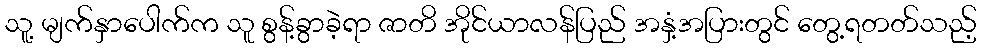
သူ့ မျက်နှာပေါက်က သူ စွန့်ခွာခဲ့ရာ ဇာတိ အိုင်ယာလန်ပြည် အနှံ့အပြားတွင် တွေ့ရတတ်သည့်